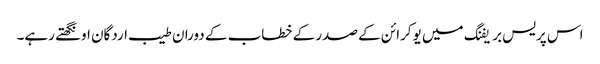
اس پریس بریفنگ میں یوکرائن کے صدر کے خطاب کے دوران طیب اردگان اونگھتے رہے۔